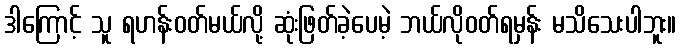
ဒါကြောင့် သူ ရဟန်းဝတ်မယ်လို့ ဆုံးဖြတ်ခဲ့ပေမဲ့ ဘယ်လိုဝတ်ရမှန်း မသိသေးပါဘူး။